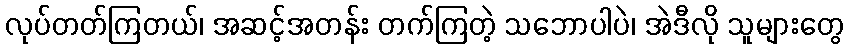
လုပ်တတ်ကြတယ်၊ အဆင့်အတန်း တက်ကြတဲ့ သဘောပါပဲ၊ အဲဒီလို သူများတွေ